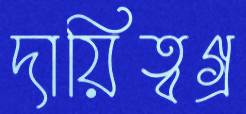
দায়িত্বগ্র